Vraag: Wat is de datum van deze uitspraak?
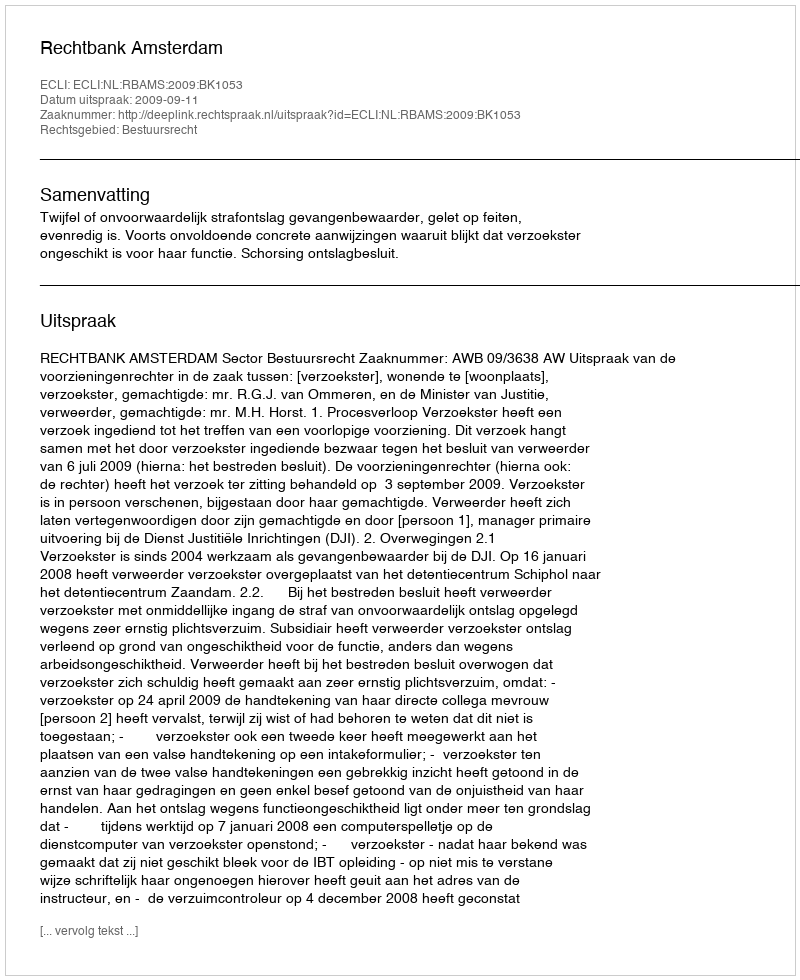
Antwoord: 2009-09-11